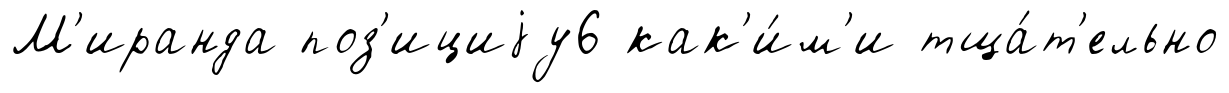
М'иранда поз'ициjу6 как'и́м'и тща́т'ельно